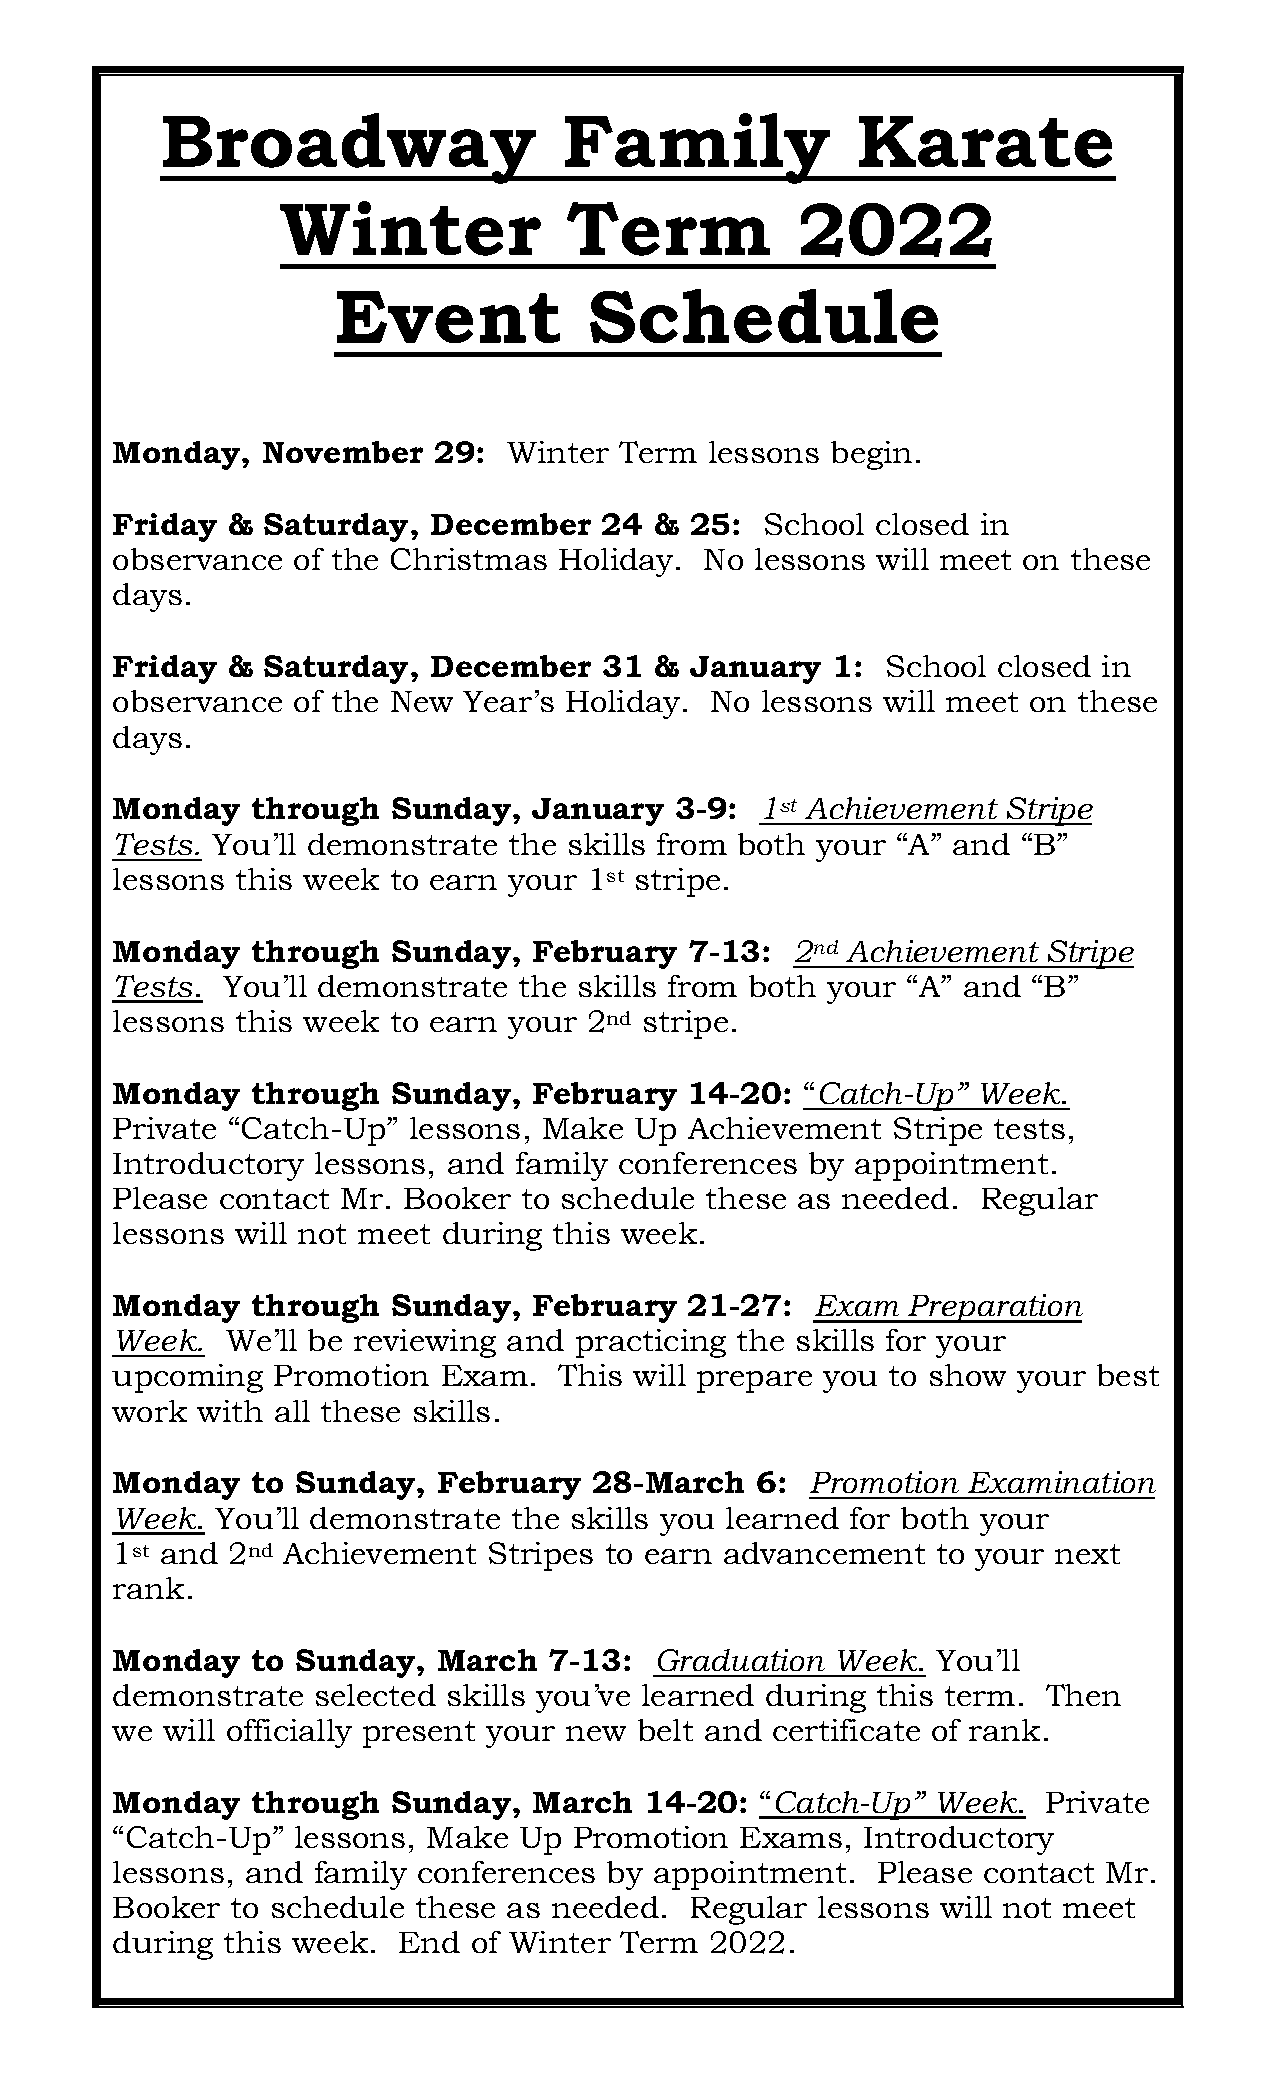
Broadway                  Family              Karate
 Winter            Term            2022
 Event            Schedule
 Monday,   November    29:  Winter Term  lessons begin.
 Friday  & Saturday,  December    24 &  25:  School closed in
 observance  of the Christmas  Holiday.  No lessons will meet on these
 days.
 Friday  & Saturday,  December    31 &  January  1:  School closed in
 observance  of the New  Year’s Holiday. No lessons will meet on these
 days.
 Monday    through  Sunday,  January   3-9: 1st Achievement Stripe
 Tests. You’ll demonstrate  the skills from both your “A” and “B”
 lessons  this week to earn your 1st stripe.
 Monday    through  Sunday,  February   7-13: 2nd Achievement  Stripe
 Tests.  You’ll demonstrate the skills from both your “A” and “B”
 lessons  this week to earn your 2nd stripe.
 Monday    through  Sunday,  February   14-20: “Catch-Up”  Week.
 Private “Catch-Up”  lessons, Make  Up  Achievement  Stripe tests,
 Introductory  lessons, and family conferences  by appointment.
 Please contact  Mr. Booker to schedule  these as needed.  Regular
 lessons  will not meet during this week.
 Monday    through  Sunday,  February   21-27:  Exam  Preparation
 Week.   We’ll be reviewing and practicing the skills for your
 upcoming   Promotion  Exam.   This will prepare you to show your  best
 work  with all these skills.
 Monday    to Sunday,  February  28-March   6:  Promotion Examination
 Week.  You’ll demonstrate  the skills you learned for both your
 1st and 2nd Achievement  Stripes to earn advancement   to your next
 rank.
 Monday    to Sunday,  March  7-13:  Graduation  Week.  You’ll
 demonstrate   selected skills you’ve learned during this term. Then
 we  will officially present your new belt and certificate of rank.
 Monday    through  Sunday,  March   14-20: “Catch-Up”  Week.  Private
 “Catch-Up”  lessons, Make  Up  Promotion  Exams,  Introductory
 lessons, and  family conferences by appointment.   Please contact Mr.
 Booker  to schedule these  as needed.  Regular lessons will not meet
 during  this week. End  of Winter Term  2022.